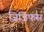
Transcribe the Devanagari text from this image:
ज़िज़िफस